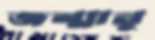
জন্মানু